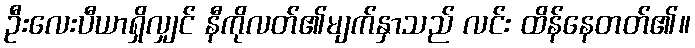
ဦးလေးပီယာရှိလျှင် နီကိုလတ်၏မျက်နှာသည် လင်း ထိန်နေတတ်၏။